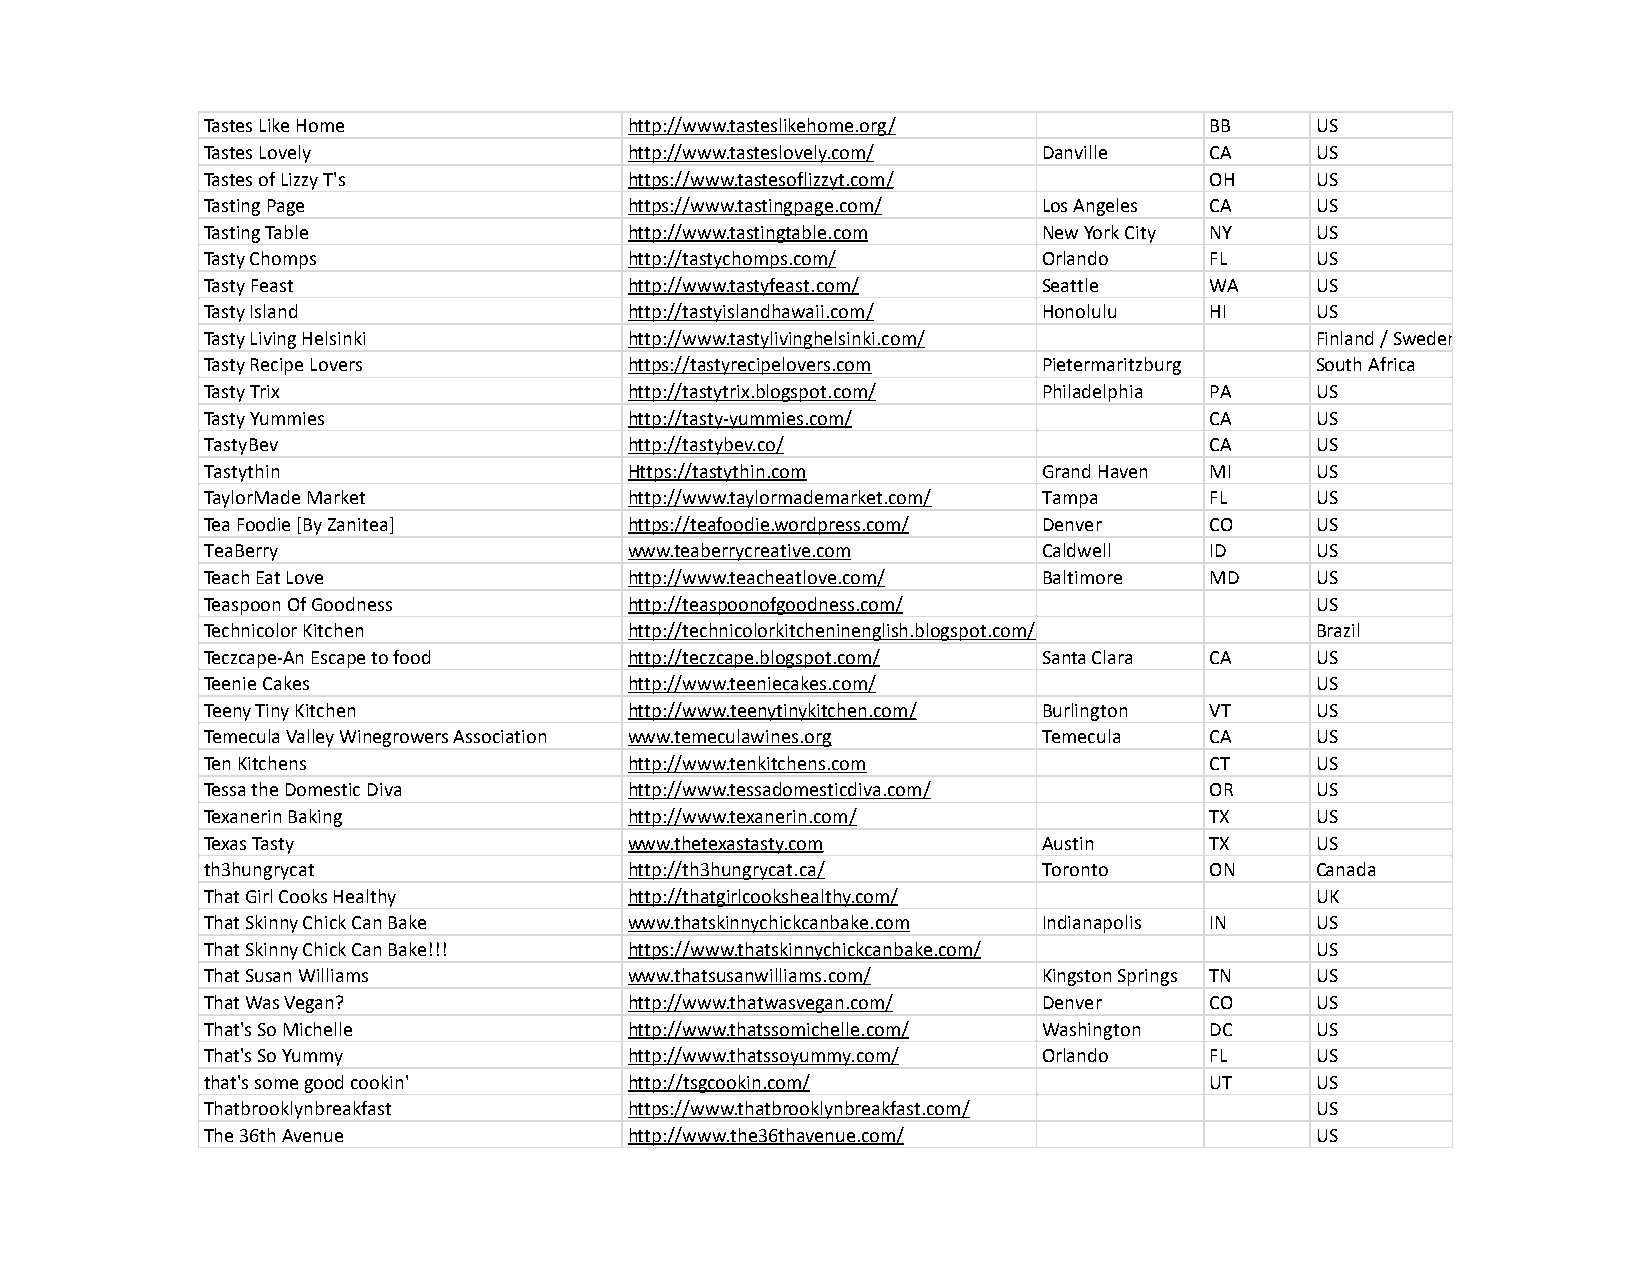
Tastes Like Home            http://www.tasteslikehome.org/        BB     US
 Tastes Lovely               http://www.tasteslovely.com/ Danville CA     US
 Tastes of Lizzy T's         https://www.tastesoflizzyt.com/       OH     US
 Tasting Page                https://www.tastingpage.com/ Los Angeles CA  US
 Tasting Table               http://www.tastingtable.com New York City NY US
 Tasty Chomps                http://tastychomps.com/    Orlando    FL     US
 Tasty Feast                 http://www.tastyfeast.com/ Seattle    WA     US
 Tasty Island                http://tastyislandhawaii.com/ Honolulu HI    US
 Tasty Living Helsinki       http://www.tastylivinghelsinki.com/          Finland / Sweden
 Tasty Recipe Lovers         https://tastyrecipelovers.com Pietermaritzburg South Africa
 Tasty Trix                  http://tastytrix.blogspot.com/ Philadelphia PA US
 Tasty Yummies               http://tasty-yummies.com/             CA     US
 TastyBev                    http://tastybev.co/                   CA     US
 Tastythin                   Https://tastythin.com      Grand Haven MI    US
 TaylorMade Market           http://www.taylormademarket.com/ Tampa FL    US
 Tea Foodie [By Zanitea]     https://teafoodie.wordpress.com/ Denver CO   US
 TeaBerry                    www.teaberrycreative.com   Caldwell   ID     US
 Teach Eat Love              http://www.teacheatlove.com/ Baltimore MD    US
 Teaspoon Of Goodness        http://teaspoonofgoodness.com/               US
 Technicolor Kitchen         http://technicolorkitcheninenglish.blogspot.com/ Brazil
 Teczcape-An Escape to food  http://teczcape.blogspot.com/ Santa Clara CA US
 Teenie Cakes                http://www.teeniecakes.com/                  US
 Teeny Tiny Kitchen          http://www.teenytinykitchen.com/ Burlington VT US
 Temecula Valley Winegrowers Association www.temeculawines.org Temecula CA US
 Ten Kitchens                http://www.tenkitchens.com            CT     US
 Tessa the Domestic Diva     http://www.tessadomesticdiva.com/     OR     US
 Texanerin Baking            http://www.texanerin.com/             TX     US
 Texas Tasty                 www.thetexastasty.com      Austin     TX     US
 th3hungrycat                http://th3hungrycat.ca/    Toronto    ON     Canada
 That Girl Cooks Healthy     http://thatgirlcookshealthy.com/             UK
 That Skinny Chick Can Bake  www.thatskinnychickcanbake.com Indianapolis IN US
 That Skinny Chick Can Bake!!! https://www.thatskinnychickcanbake.com/    US
 That Susan Williams         www.thatsusanwilliams.com/ Kingston Springs TN US
 That Was Vegan?             http://www.thatwasvegan.com/ Denver   CO     US
 That's So Michelle          http://www.thatssomichelle.com/ Washington DC US
 That's So Yummy             http://www.thatssoyummy.com/ Orlando  FL     US
 that's some good cookin'    http://tsgcookin.com/                 UT     US
 Thatbrooklynbreakfast       https://www.thatbrooklynbreakfast.com/       US
 The 36th Avenue             http://www.the36thavenue.com/                US